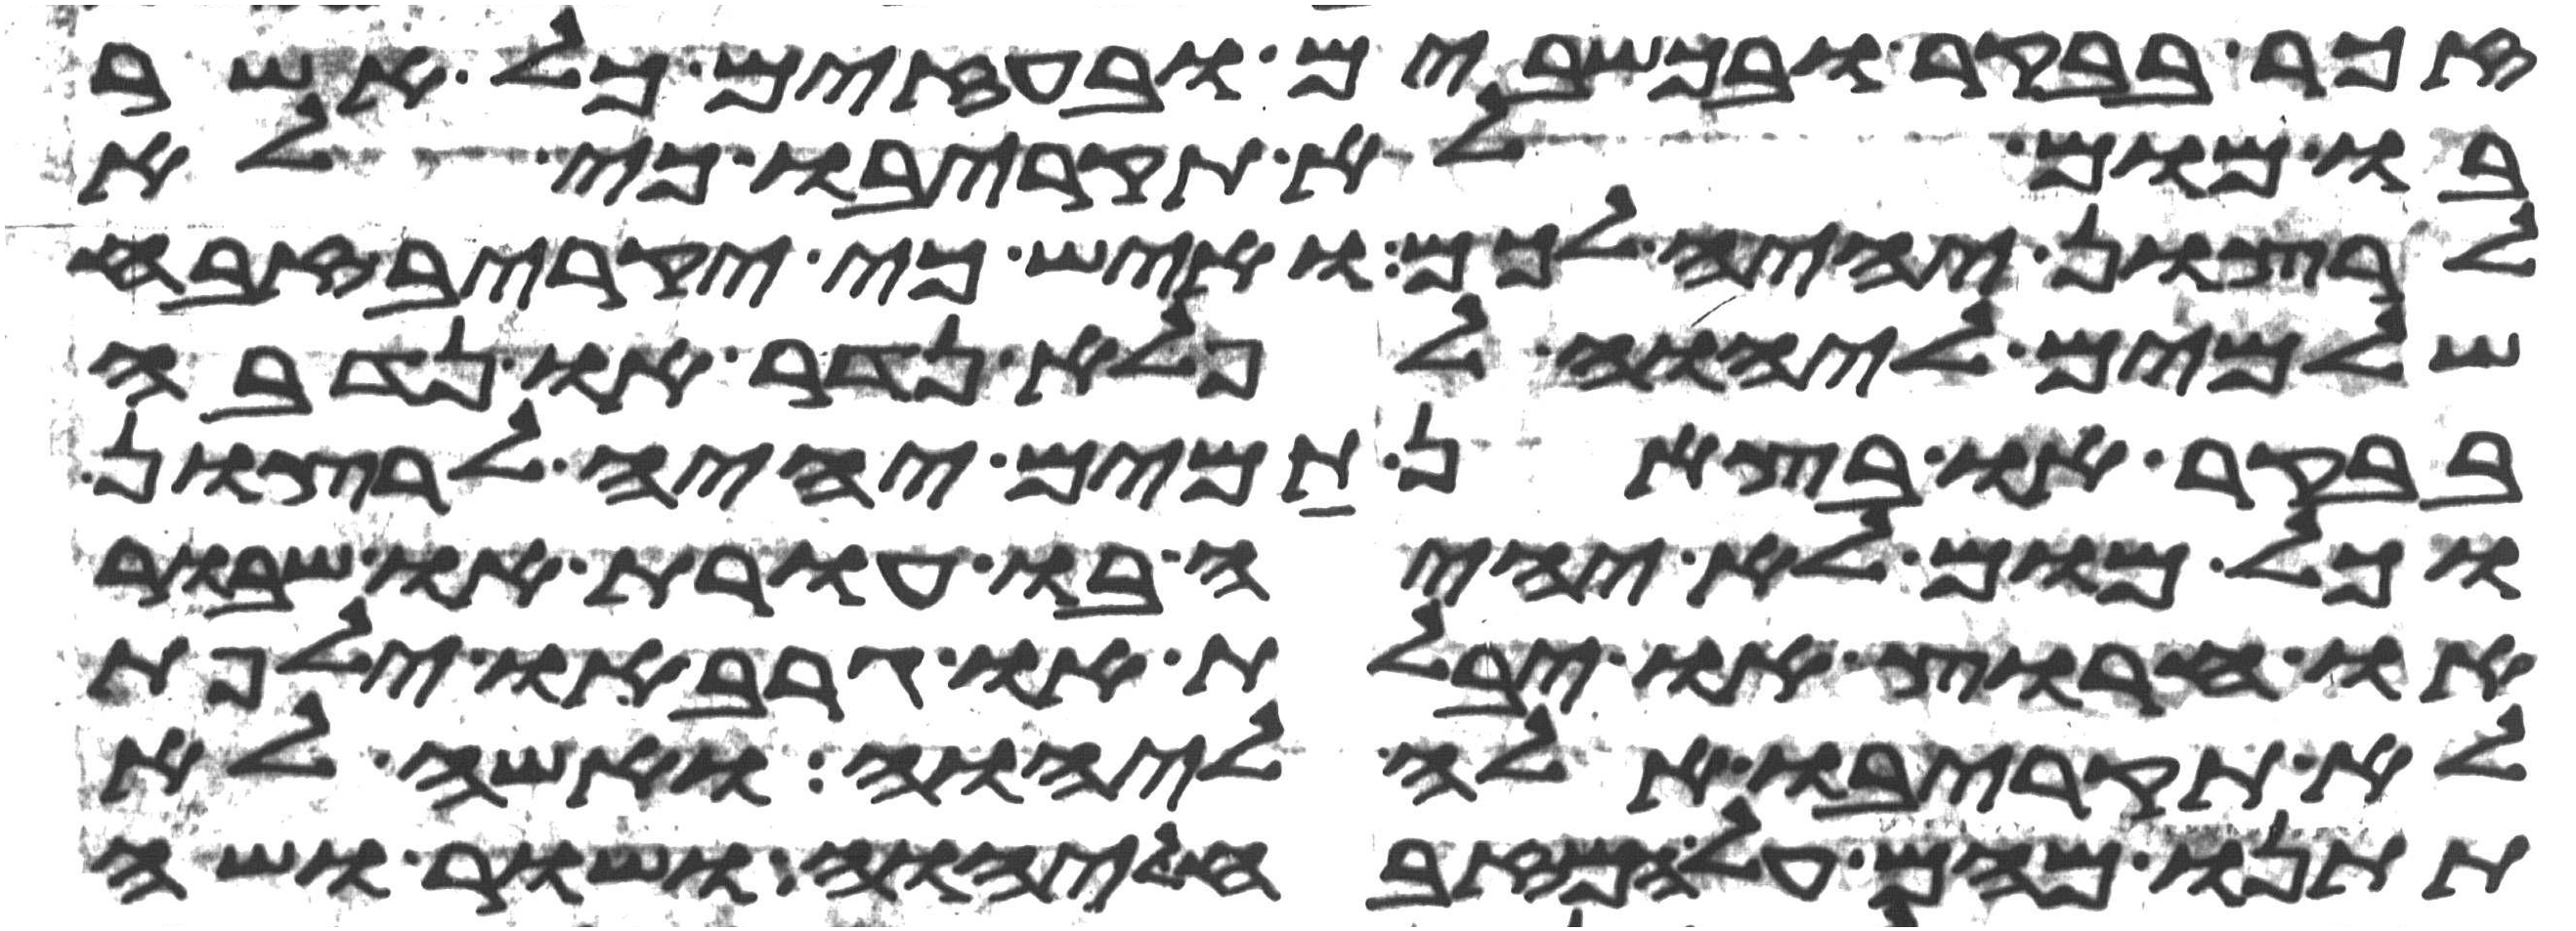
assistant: זכר בבקר או בכשבים או בעזים כל אשר
בו מום לא תקריבו כי לא
לרצון יהיה לכם ואיש כי יקריב זבח
שלמים ליהוה לפלא נדר או נדבה
בבקר או בצאן תמים יהיה לרצון
וכל מום לא יהיה בו עורת או שבור
או חרוץ או יבלת או גרב או ילפת
לא תקריבו אלה ליהוה ואשה לא
תתנו מהם על המזבח ליהוה ושור ושה